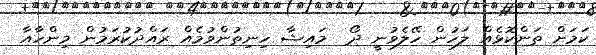
ކަމަށް ތަންކޮޅެއް ލަހުން ހޭލެވުނީ ދޯ  މައިޝާ ހިނިތުންވުމެއް ރައްދުކުރަމުން މިންހާއާ